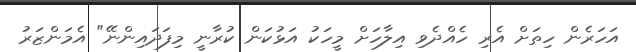
އަހަރެން ހިތަށް އެރި ހެއްދެވި އިލާހަށް މީހަކު އަޅުކަން ކުރާނީ މިފަދައިންނޭ" އެމަންޒަރު